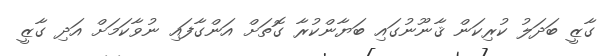
ގާޒީ ބަދަލު ކުރިކަން ޤާނޫނުގައި ބަޔާންކުރާ ގޮތަށް އަންގާފައި ނުވާކަމަށް އަދި ގާޒީ